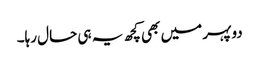
دوپہر میں بھی کچھ یہ ہی حال رہا۔